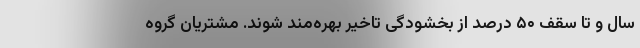
سال و تا سقف ۵۰ درصد از بخشودگی تاخیر بهره‌مند شوند. مشتریان گروه